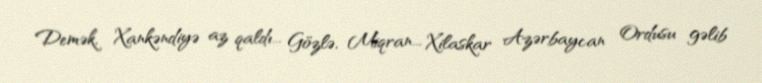
Demək, Xankəndiyə az qaldı... Gözlə, Miqran... Xilaskar Azərbaycan Ordusu gəlib